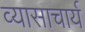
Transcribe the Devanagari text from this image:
व्यासाचार्य